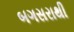
બગસરાથી